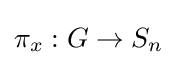
\pi _{x}:G\to S_{n}